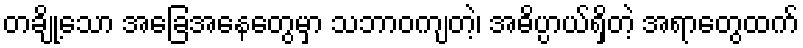
တချို့သော အခြေအနေတွေမှာ သဘာဝကျတဲ့၊ အဓိပ္ပာယ်ရှိတဲ့ အရာတွေထက်